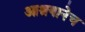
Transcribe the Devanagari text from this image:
आश्रयानेच